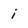
Character: i